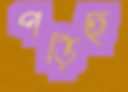
পড়িছ